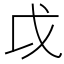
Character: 戉